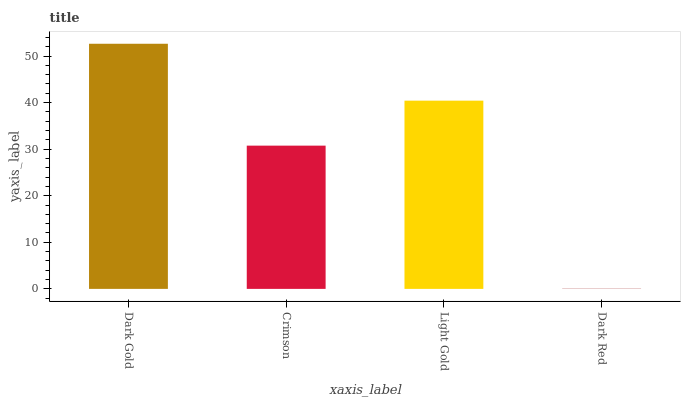
| xaxis_label | bars |
 | --- | --- |
 | Dark Gold | 52.6 |
 | Crimson | 30.8 |
 | Light Gold | 40.4 |
 | Dark Red | 0.0417 |